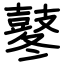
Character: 鼕